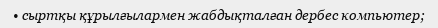
• сыртқы құрылғылармен жабдықталған дербес компьютер;